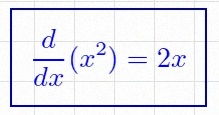
\frac{d}{dx}(x^2)=2x